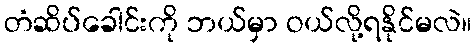
တံဆိပ်ခေါင်းကို ဘယ်မှာ ဝယ်လို့ရနိုင်မလဲ။